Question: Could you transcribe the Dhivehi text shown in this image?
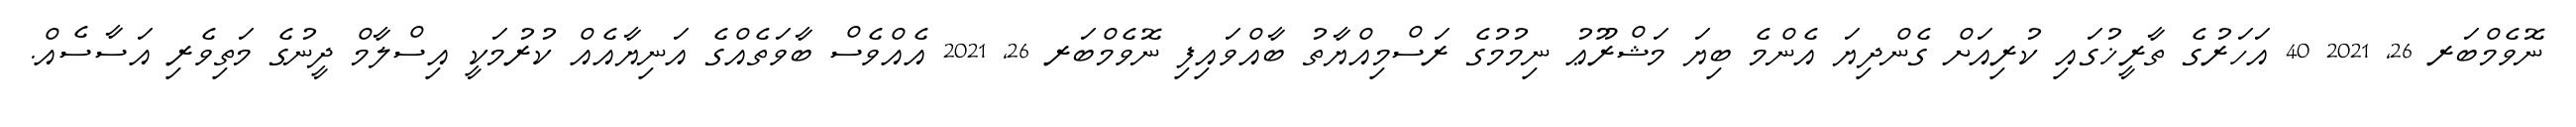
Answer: ނޮވެމްބަރ 26, 2021 40 އަހަރުގެ ތާރީޚުގައި ކުރިއަށް ގެންދިޔަ އެންމެ ބިޔަ މަޝްރޫޢު ނިމުމުގެ ރަސްމިއްޔާތު ބާއްވައިފި ނޮވެމްބަރ 26, 2021 އެއްވެސް ބާވަތެއްގެ އަނިޔާއެއް ކުރުމަކީ އިސްލާމް ދީނުގެ މަތިވެރި އަސާސެއް.